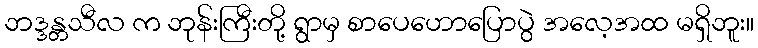
ဘဒ္ဒန္တသီလ က ဘုန်းကြီးတို့ ရွာမှ စာပေဟောပြောပွဲ အလေ့အထ မရှိဘူး။